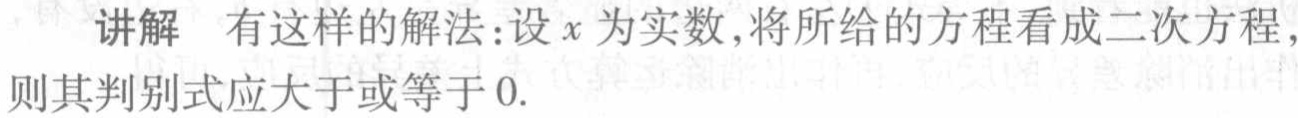
讲解 有这样的解法:设\(x\)为实数,将所给的方程看成二次方程,则其判别式应大于或等于\(0\).